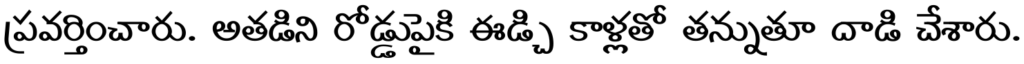
ప్రవర్తించారు. అతడిని రోడ్డుపైకి ఈడ్చి కాళ్లతో తన్నుతూ దాడి చేశారు.